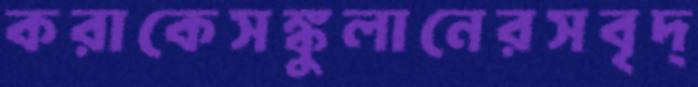
করাকেসঙ্কুলানেরসবৃদ্